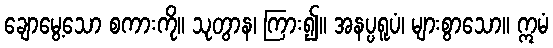
ချောမွေ့သော စကားကို။ သုတွာန၊ ကြား၍။ အနပ္ပရူပံ၊ များစွာသော။ ဣမံ